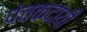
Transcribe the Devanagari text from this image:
पंचकदायी